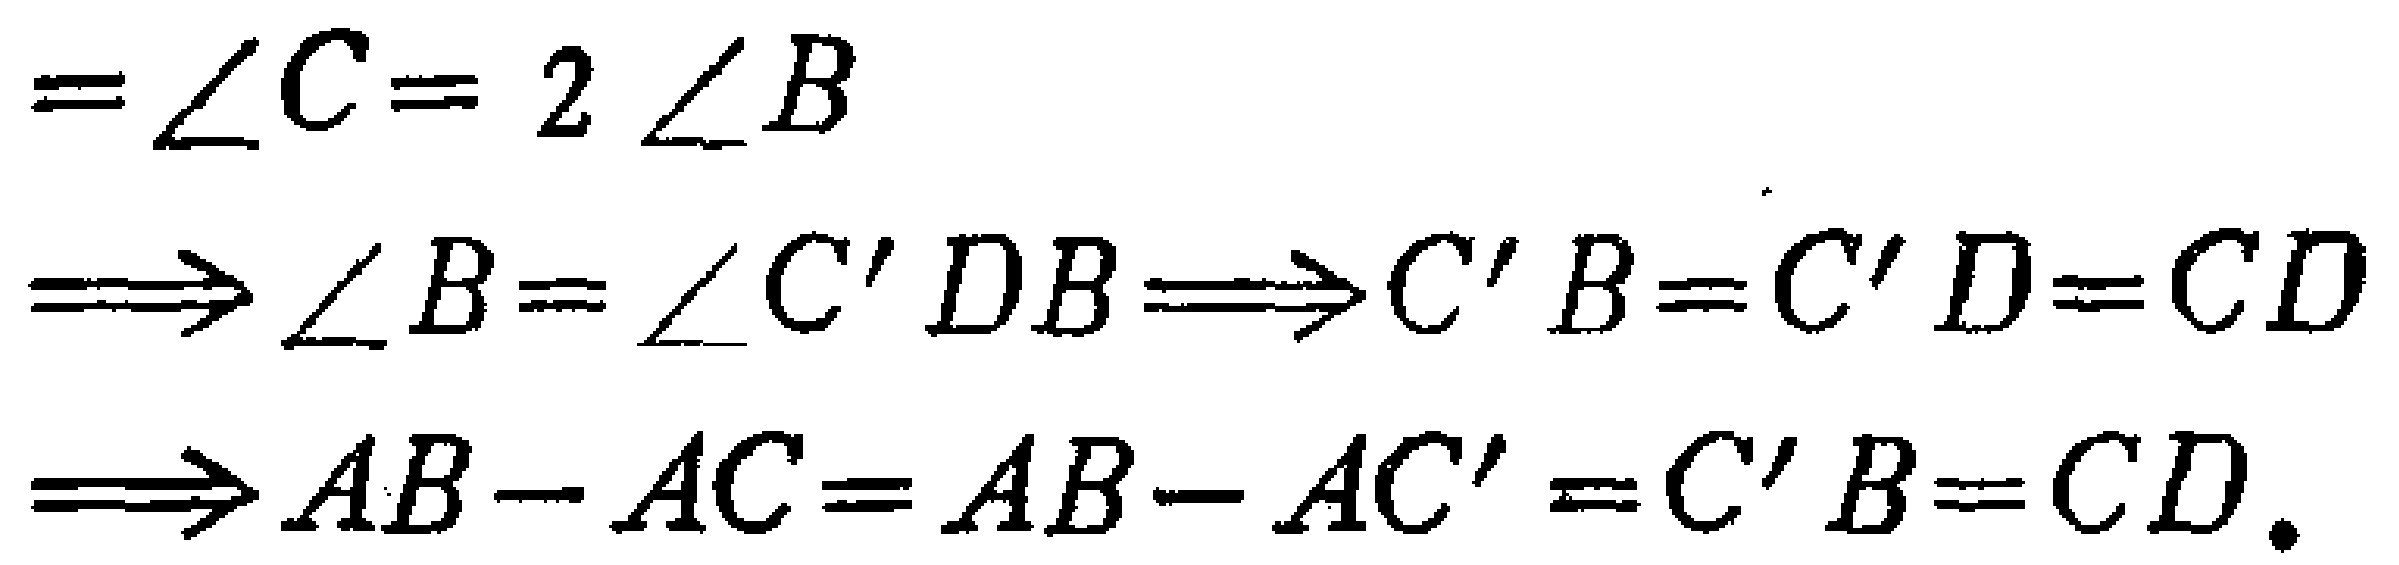
\[
\begin{align*}
&=\angle C = 2\angle B\\
&\Longrightarrow\angle B=\angle C^{\prime}DB\Longrightarrow C^{\prime}B = C^{\prime}D=CD\\
&\Longrightarrow AB - AC=AB - AC^{\prime}=C^{\prime}B = CD.
\end{align*}
\]